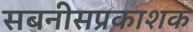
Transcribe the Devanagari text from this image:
सबनीसप्रकाशक